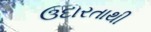
ઉદારતાથી